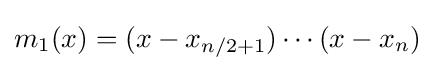
m_{1}(x)=(x-x_{n/2+1})\cdots (x-x_{n})